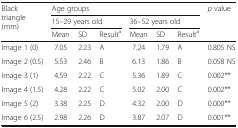
<table><thead><tr><td rowspan="3"><b>Black triangle (mm)</b></td><td colspan="6"><b>Age groups</b></td><td rowspan="3"><b><i>p</i> value</b></td></tr><tr><td colspan="3"><b>15–29 years old</b></td><td colspan="3"><b>36–52 years old</b></td></tr><tr><td><b>Mean</b></td><td><b>SD</b></td><td><b>Result<sup>a</sup></b></td><td><b>Mean</b></td><td><b>SD</b></td><td><b>Result<sup>a</sup></b></td></tr></thead><tbody><tr><td>Image 1 (0)</td><td>7.05</td><td>2.23</td><td>A</td><td>7.24</td><td>1.79</td><td>A</td><td>0.805 NS</td></tr><tr><td>Image 2 (0.5)</td><td>5.53</td><td>2.46</td><td>B</td><td>6.13</td><td>1.86</td><td>B</td><td>0.058 NS</td></tr><tr><td>Image 3 (1)</td><td>4.59</td><td>2.22</td><td>C</td><td>5.36</td><td>1.89</td><td>C</td><td>0.002**</td></tr><tr><td>Image 4 (1.5)</td><td>4.28</td><td>2.22</td><td>C</td><td>5.02</td><td>2.00</td><td>C</td><td>0.002**</td></tr><tr><td>Image 5 (2)</td><td>3.38</td><td>2.25</td><td>D</td><td>4.32</td><td>2.00</td><td>D</td><td>0.000**</td></tr><tr><td>Image 6 (2.5)</td><td>2.98</td><td>2.26</td><td>D</td><td>3.87</td><td>2.07</td><td>D</td><td>0.001**</td></tr></tbody></table>